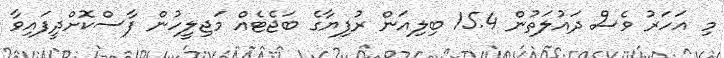
މި އަހަރު ވެސް ދައުލަތުން 15.4 ބިލިއަން ރުފިޔާގެ ބަޖެޓެއް މަޖިލީހުން ފާސްކޮށްދީފައިވާ